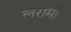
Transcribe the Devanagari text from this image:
लरामी